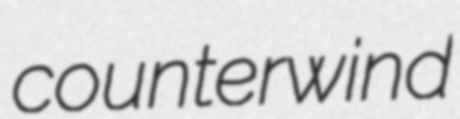
counterwind